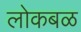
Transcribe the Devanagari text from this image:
लोकबळ